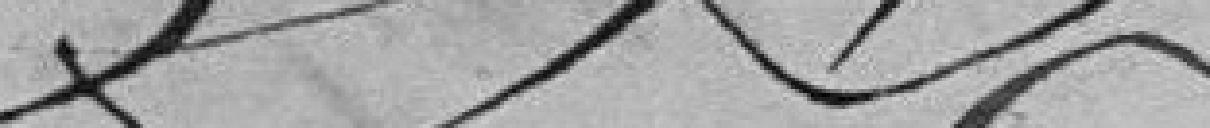
?????????????????